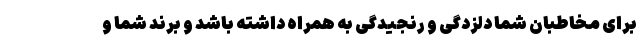
برای مخاطبان شما دلزدگی و رنجیدگی به همراه داشته باشد و برند شما و